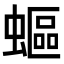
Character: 𧏺